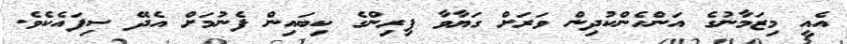
އެއީ މިޒަމާނުގެ އަންހެންކުދިން ވަރަށް ގަޔާވާ ފިރިންގެ ކިބައިން ފެނުމަށް އެދޭ ސިފައެކެވެ.